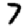
Digit: 7